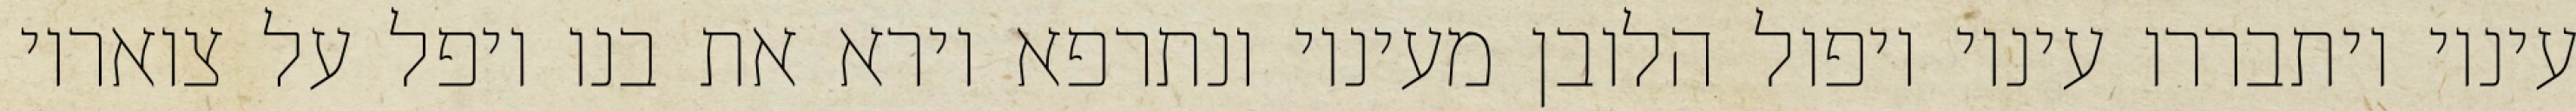
עיניו ויתבררו עיניו ויפול הלובן מעיניו ונתרפא וירא את בנו ויפל על צואריו